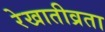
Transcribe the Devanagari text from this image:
रेखातीव्रता